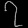
Digit: ၇